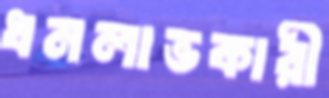
ধনলাভকারী